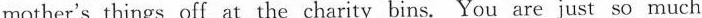
mother's things off at the charity bins. You are just so much